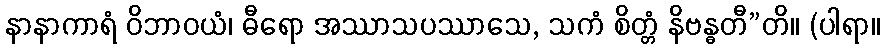
နာနာကာရံ ဝိဘာဝယံ၊ ဓီရော အဿာသပဿာသေ, သကံ စိတ္တံ နိဗန္ဓတီ”တိ။ (ပါရာ။